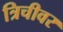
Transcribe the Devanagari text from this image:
त्रिचीवर